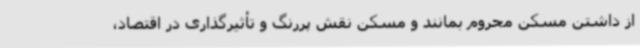
از داشتن مسکن محروم بمانند و مسکن نقش پررنگ و تأثیرگذاری در اقتصاد،